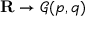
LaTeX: \mathbf { R } \to { \mathcal { G } } ( p , q )